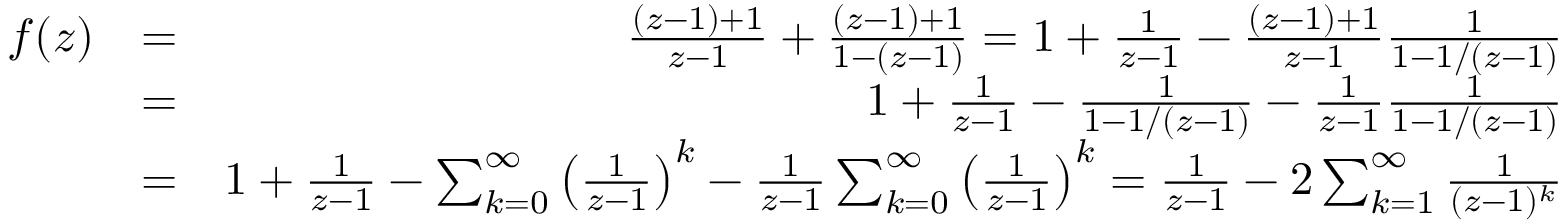
\begin{array} { r l r } { f ( z ) } & { = } & { \frac { ( z - 1 ) + 1 } { z - 1 } + \frac { ( z - 1 ) + 1 } { 1 - ( z - 1 ) } = 1 + \frac { 1 } { z - 1 } - \frac { ( z - 1 ) + 1 } { z - 1 } \frac { 1 } { 1 - 1 / ( z - 1 ) } } \\ & { = } & { 1 + \frac { 1 } { z - 1 } - \frac { 1 } { 1 - 1 / ( z - 1 ) } - \frac { 1 } { z - 1 } \frac { 1 } { 1 - 1 / ( z - 1 ) } } \\ & { = } & { 1 + \frac { 1 } { z - 1 } - \sum _ { k = 0 } ^ { \infty } \left( \frac { 1 } { z - 1 } \right) ^ { k } - \frac { 1 } { z - 1 } \sum _ { k = 0 } ^ { \infty } \left( \frac { 1 } { z - 1 } \right) ^ { k } = \frac { 1 } { z - 1 } - 2 \sum _ { k = 1 } ^ { \infty } \frac { 1 } { ( z - 1 ) ^ { k } } } \end{array}